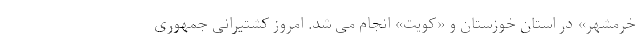
خرمشهر» در استان خوزستان و «کویت» انجام می شد. امروز کشتیرانی جمهوری